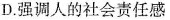
D. 强调人的社会责任感